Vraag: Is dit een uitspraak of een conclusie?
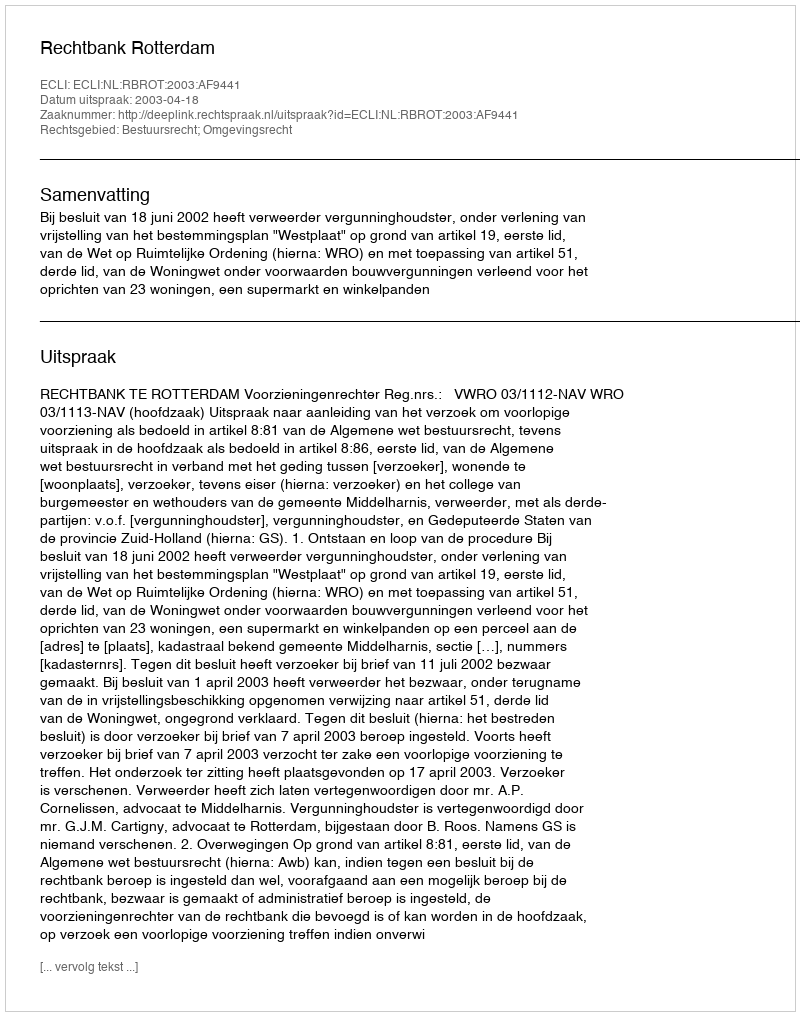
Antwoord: Uitspraak